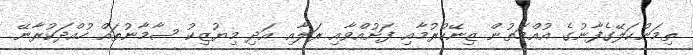
ތިމަންކަލޭގެފާނުގެ އުއްމަތުން ޒިނޭކުރުމާއި ފަށުއްވާއި ރަލާއި އަދި މިޔުޒިކު ސާމާނުތައް ހުއްދަކުރާނޭ